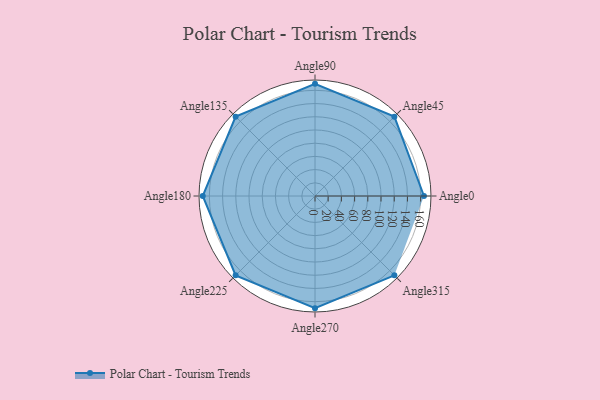
{"axis": {"x": "Angle", "y": "Radius"}, "legend": [""], "data": [{"x": "Angle0", "y": 165.0, "type": ""}, {"x": "Angle45", "y": 170, "type": ""}, {"x": "Angle90", "y": 170, "type": ""}, {"x": "Angle135", "y": 170, "type": ""}, {"x": "Angle180", "y": 170, "type": ""}, {"x": "Angle225", "y": 170, "type": ""}, {"x": "Angle270", "y": 170, "type": ""}, {"x": "Angle315", "y": 170, "type": ""}]}